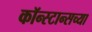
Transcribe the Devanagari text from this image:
कॉन्स्टान्सच्या